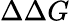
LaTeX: \Delta\Delta G